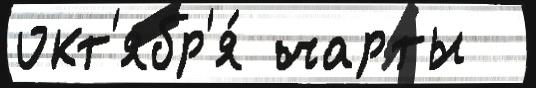
окт'ябр'я́ чарты